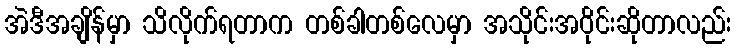
အဲဒီအချိန်မှာ သိလိုက်ရတာက တစ်ခါတစ်လေမှာ အသိုင်းအဝိုင်းဆိုတာလည်း